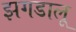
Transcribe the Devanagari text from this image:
झगडालू